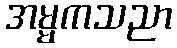
အမ္မကသညာ